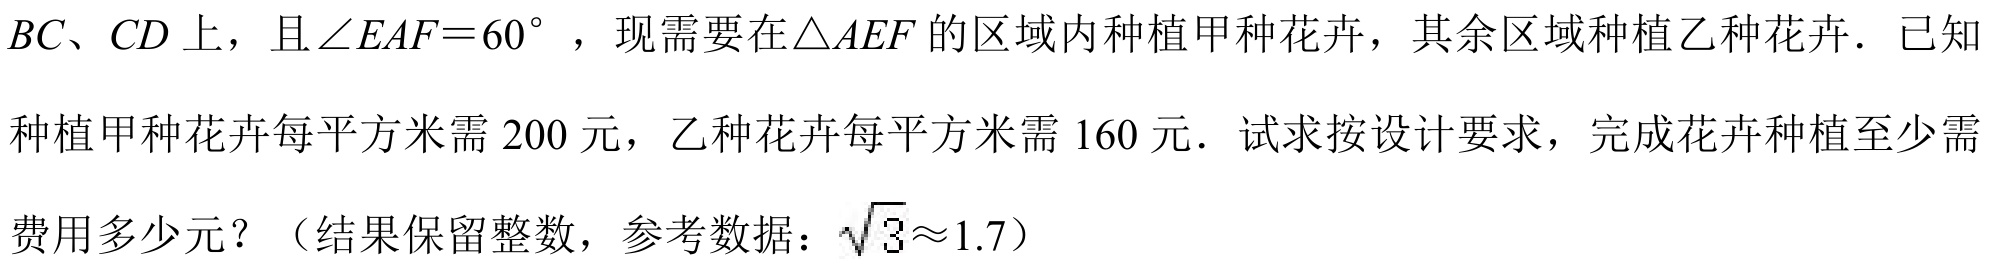
$BC、CD$上，且$\angle EAF = 60^{\circ }$，现需要在$\triangle AEF$的区域内种植甲种花卉，其余区域种植乙种花卉．已知种植甲种花卉每平方米需$200$元，乙种花卉每平方米需$160$元．试求按设计要求，完成花卉种植至少需费用多少元？（结果保留整数，参考数据：$\sqrt{3}\approx1.7$）